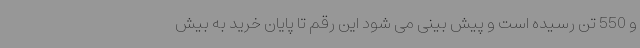
و 550 تن رسیده است و پیش بینی می شود این رقم تا پایان خرید به بیش